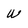
Character: W